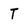
Character: T